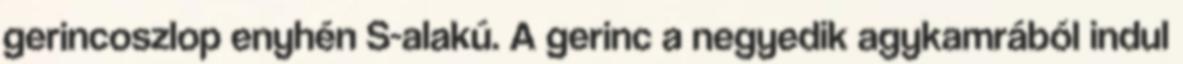
gerincoszlop enyhén S-alakú. A gerinc a negyedik agykamrából indul